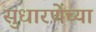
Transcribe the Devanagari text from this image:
सुधारणेंच्या